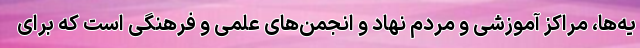
یه‌ها، مراکز آموزشی و مردم نهاد و انجمن‌های علمی و فرهنگی است که برای